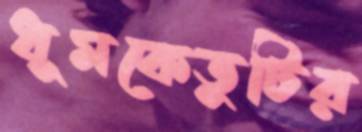
ধূমকেতুটির